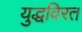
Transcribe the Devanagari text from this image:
युद्धविरत